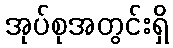
အုပ်စုအတွင်းရှိ